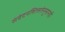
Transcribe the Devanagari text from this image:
संवेदनशिलतेनुसारही